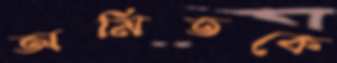
অমিতকে